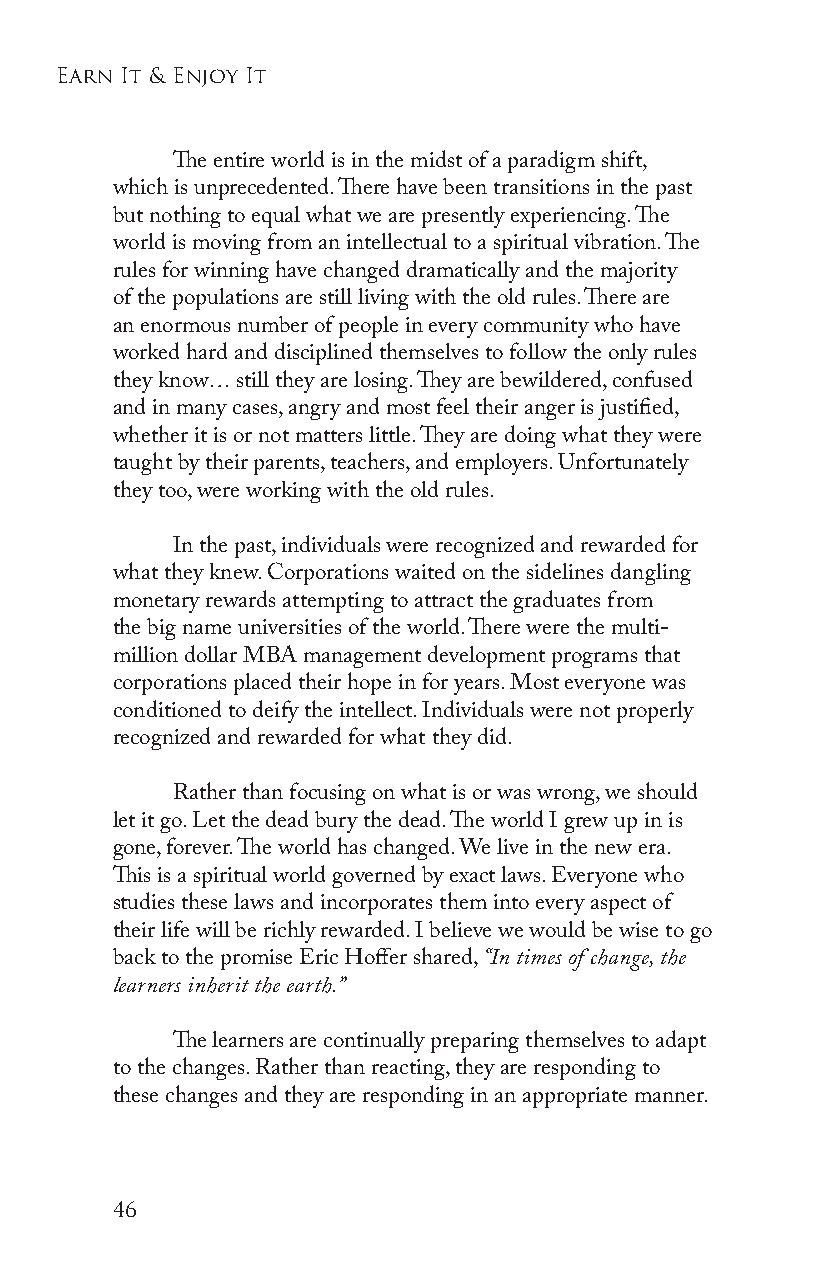
earn it & enjoy it
 The entire world is in the midst of a paradigm shift,
 which is unprecedented. There have been transitions in the past
 but nothing to equal what we are presently experiencing. The
 world is moving from an intellectual to a spiritual vibration. The
 rules for winning have changed dramatically and the majority
 of the populations are still living with the old rules. There are
 an enormous number of people in every community who have
 worked hard and disciplined themselves to follow the only rules
 they know… still they are losing. They are bewildered, confused
 and in many cases, angry and most feel their anger is justified,
 whether it is or not matters little. They are doing what they were
 taught by their parents, teachers, and employers. Unfortunately
 they too, were working with the old rules.
 In the past, individuals were recognized and rewarded for
 what they knew. Corporations waited on the sidelines dangling
 monetary rewards attempting to attract the graduates from
 the big name universities of the world. There were the multi-
 million dollar MBA management development programs that
 corporations placed their hope in for years. Most everyone was
 conditioned to deify the intellect. Individuals were not properly
 recognized and rewarded for what they did.
 Rather than focusing on what is or was wrong, we should
 let it go. Let the dead bury the dead. The world I grew up in is
 gone, forever. The world has changed. We live in the new era.
 This is a spiritual world governed by exact laws. Everyone who
 studies these laws and incorporates them into every aspect of
 their life will be richly rewarded. I believe we would be wise to go
 back to the promise Eric Hoffer shared, “In times of change, the
 learners inherit the earth.”
 The learners are continually preparing themselves to adapt
 to the changes. Rather than reacting, they are responding to
 these changes and they are responding in an appropriate manner.
 46